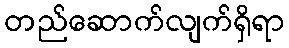
တည်ဆောက်လျက်ရှိရာ